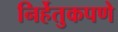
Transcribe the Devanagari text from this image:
निर्हेतुकपणे